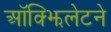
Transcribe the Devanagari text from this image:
ऑक्झिलेटने